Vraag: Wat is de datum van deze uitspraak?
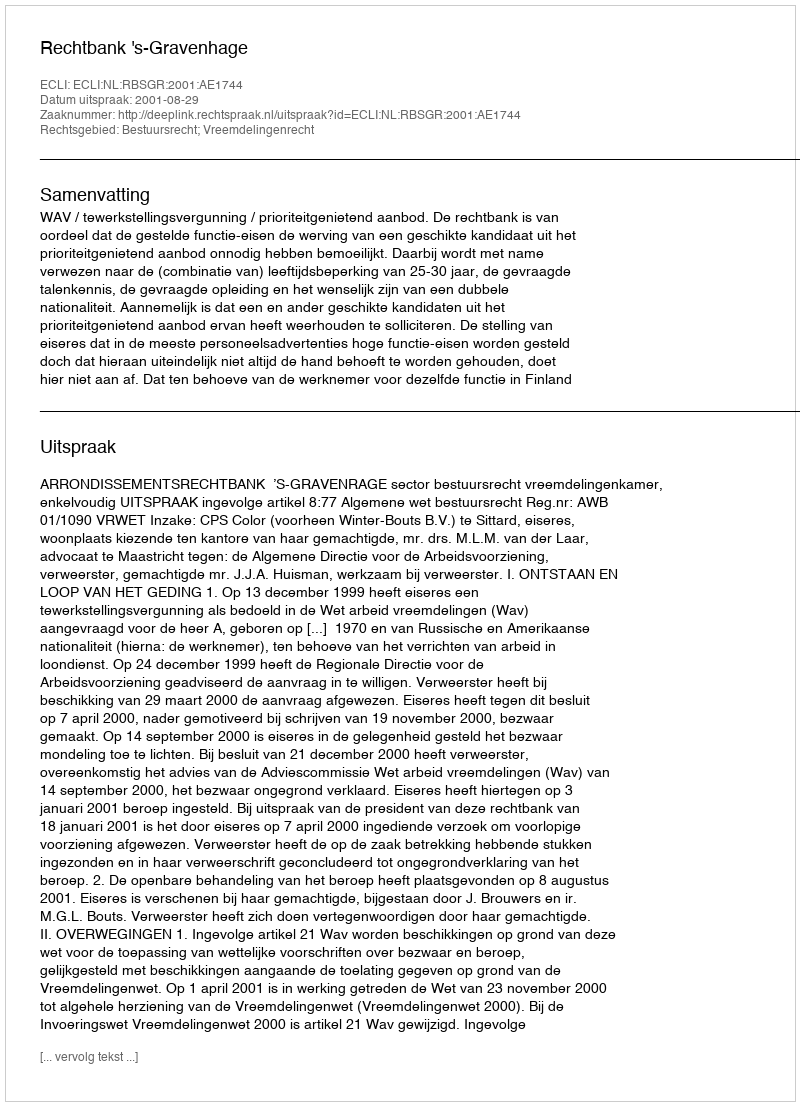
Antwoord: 2001-08-29